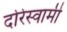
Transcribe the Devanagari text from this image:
दोरेस्वामी